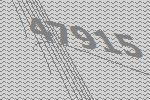
47915